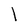
Character: l